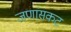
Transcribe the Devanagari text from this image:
जणांसकट